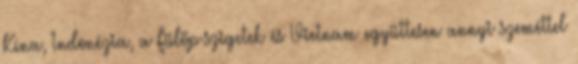
Kína, Indonézia, a Fülöp-szigetek és Vietnam együttesen annyi szeméttel